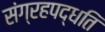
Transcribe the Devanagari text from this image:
संग्रहपद्धति